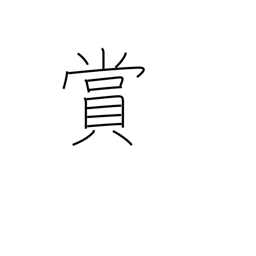
Meaning: reward